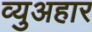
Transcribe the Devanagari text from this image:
व्युअहार